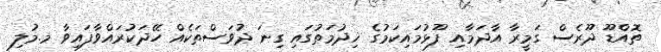
ތޮއްޑޫ ދޫރެސް ގަމީރާ އާދަމާއި ފޫޅުމައިކަމުގެ ޚިދުމަތުގައި ގިނަ ދުވަސްތަކެއް ހޭދަކުރައްވާފައިވާ މ.މުލި